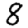
Digit: 8